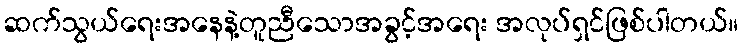
ဆက်သွယ်ရေးအနေနဲ့တူညီသောအခွင့်အရေး အလုပ်ရှင်ဖြစ်ပါတယ်။